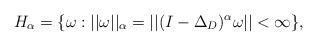
LaTeX: \begin{align*}H_{\alpha}= \{ \omega : ||\omega||_{\alpha} =||(I-\Delta_D)^{\alpha} \omega|| < \infty \},\end{align*}